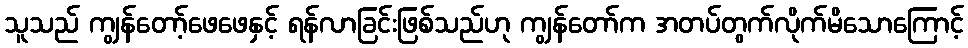
သူသည် ကျွန်တော့်ဖေဖေနှင့် ရန်လာခြင်းဖြစ်သည်ဟု ကျွန်တော်က အတပ်တွက်လိုက်မိသောကြောင့်